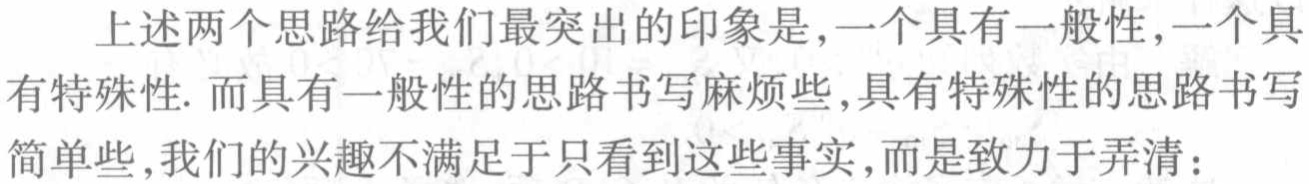
上述两个思路给我们最突出的印象是,一个具有一般性,一个具有特殊性. 而具有一般性的思路书写麻烦些,具有特殊性的思路书写简单些,我们的兴趣不满足于只看到这些事实,而是致力于弄清：